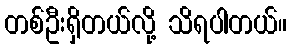
တစ်ဦးရှိတယ်လို့ သိရပါတယ်။